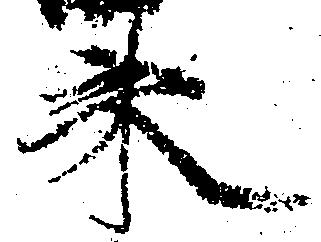
来